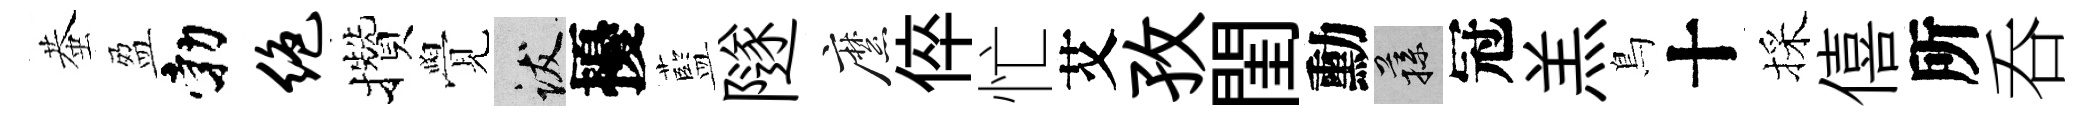
蛬盈勃绝攢覺跋擾藍隧縻倅忙艾孜閨勳蓀冠羔鳥十採僖所呑